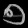
Digit: ၅